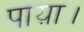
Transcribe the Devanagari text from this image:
पाय़ा।